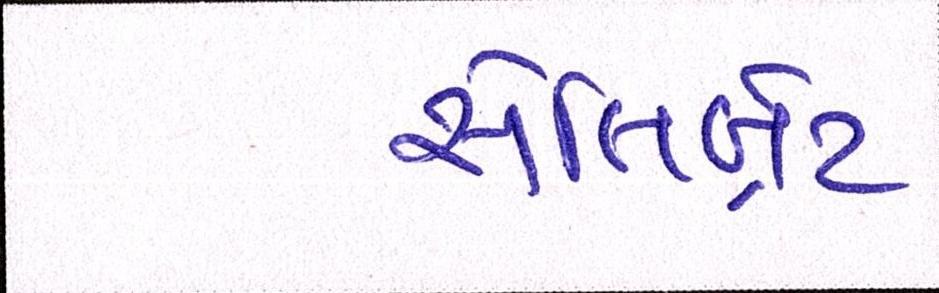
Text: સેલિબ્રેટ